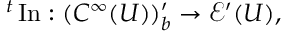
{ } ^ { t } \operatorname { I n } : ( C ^ { \infty } ( U ) ) _ { b } ^ { \prime } \to { \mathcal { E } } ^ { \prime } ( U ) ,